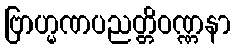
ဗြာဟ္မဏပညတ္တိဝဏ္ဏနာ